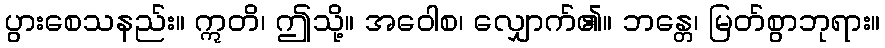
ပွားစေသနည်း။ ဣတိ၊ ဤသို့။ အဝေါစ၊ လျှောက်၏။ ဘန္တေ၊ မြတ်စွာဘုရား။